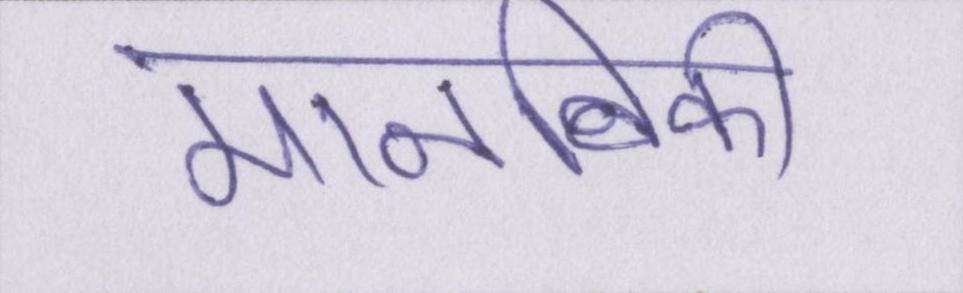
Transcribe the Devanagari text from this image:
मानविकी